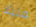
مليئا